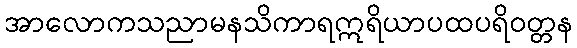
အာလောကသညာမနသိကာရဣရိယာပထပရိဝတ္တန